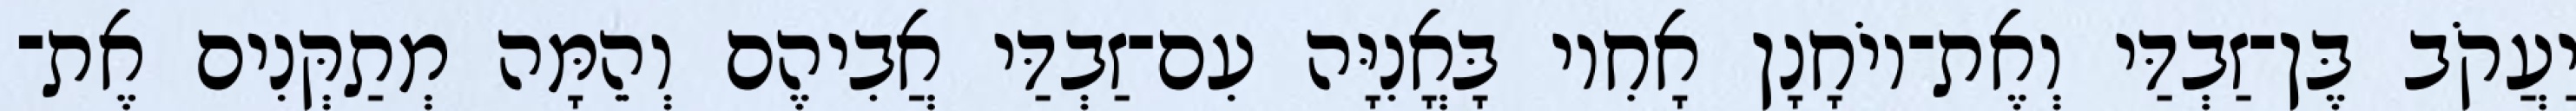
יַעֲקֹב בֶּן־זַבְדַּי וְאֶת־יוֹחָנָן אָחִיו בָּאֳנִיָּה עִם־זַבְדַּי אֲבִיהֶם וְהֵמָּה מְתַקְּנִים אֶת־